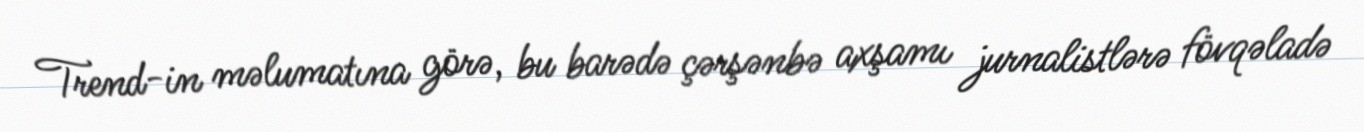
Trend-in məlumatına görə, bu barədə çərşənbə axşamı jurnalistlərə fövqəladə